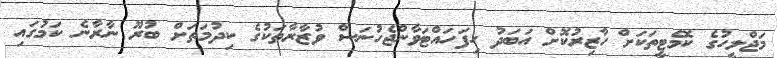
މަޖްލީހުގެ ކޮމެޓީތަކަށް ހާޒިރުކޮށް އަބަދު ހިފަހައްޓަވާންޖެހުނަސް ވުޒާރާތަކުގެ ކިދުމަތަށް ބުރޫ ނާރާނެ ކަމުގައި